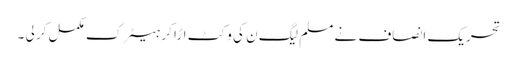
تحریک انصاف نے مسلم لیگ ن کی وکٹ اڑا کر ہیٹرک مکمل کر لی ۔